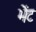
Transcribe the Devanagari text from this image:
भेेंट